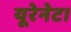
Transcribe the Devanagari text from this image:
यूरेनेट।